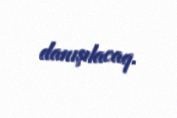
danışılacaq.